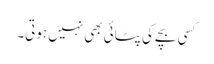
کسی بچے کی پٹائی بھی نہیں ہوتی۔